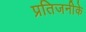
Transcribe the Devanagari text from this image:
प्रतिजनीके